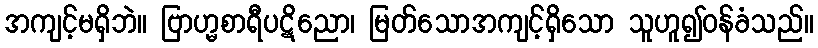
အကျင့်မရှိဘဲ။ ဗြာဟ္မစာရီပဋိညော၊ မြတ်သောအကျင့်ရှိသော သူဟူ၍ဝန်ခံသည်။